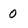
Character: 0